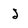
Character: j